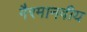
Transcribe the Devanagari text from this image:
गैरमानवीय